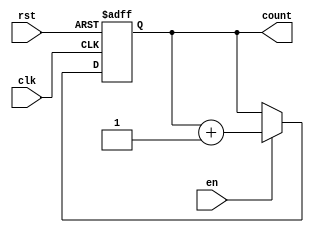
module binary_up_counter_with_enable (
    input wire clk,
    input wire rst,
    input wire en,
    output reg [3:0] count
);

always @(posedge clk or posedge rst) begin
    if (rst) begin
        count <= 4'b0000;
    end else if (en) begin
        count <= count + 1;
    end
end

endmodule